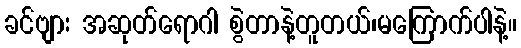
ခင်ဗျား အဆုတ်ရောဂါ စွဲတာနဲ့တူတယ်၊မကြောက်ပါနဲ့။